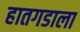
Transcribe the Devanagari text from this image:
हातगडाला